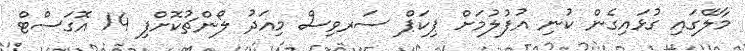
މާލޭގައި ގުޅައިގެން ކުނި އުފުލުމަށް ޕިކަޕް ސަރވިސް މިއަދު ލޯންޗުކޮށްފި 14 އޮގަސްޓް